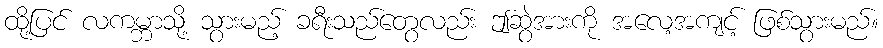
ထို့ပြင် လကမ္ဘာသို့ သွားမည့် ခရီးသည်တွေလည်း ဤဆွဲအားကို အလေ့အကျင့် ဖြစ်သွားမည်။